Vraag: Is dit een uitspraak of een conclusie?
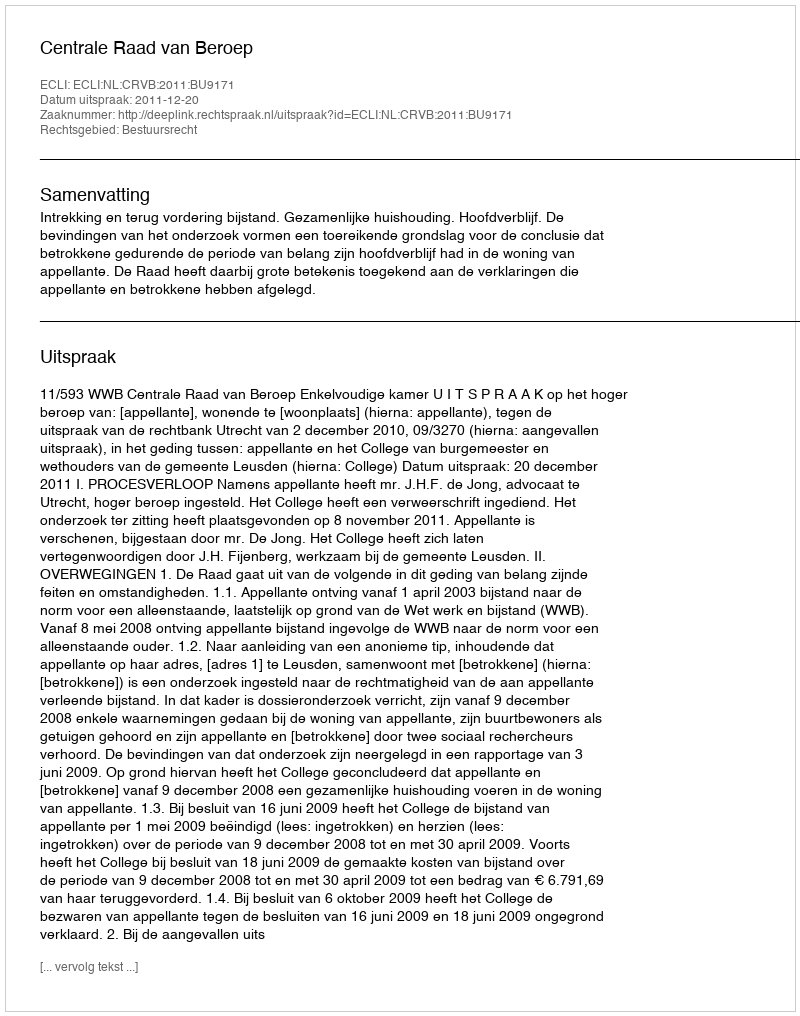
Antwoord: Uitspraak